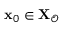
{ \bf { x } } _ { 0 } \in { \bf { X } } _ { \mathcal { O } }